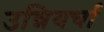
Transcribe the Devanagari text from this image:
उन्नियर्चा